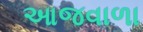
આજવાળા